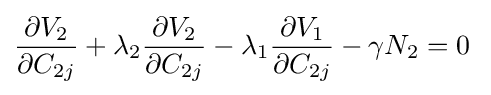
{\frac {\partial V_{2}}{\partial C_{2j}}}+\lambda _{2}{\frac {\partial V_{2}}{\partial C_{2j}}}-\lambda _{1}{\frac {\partial V_{1}}{\partial C_{2j}}}-\gamma N_{2}=0\;